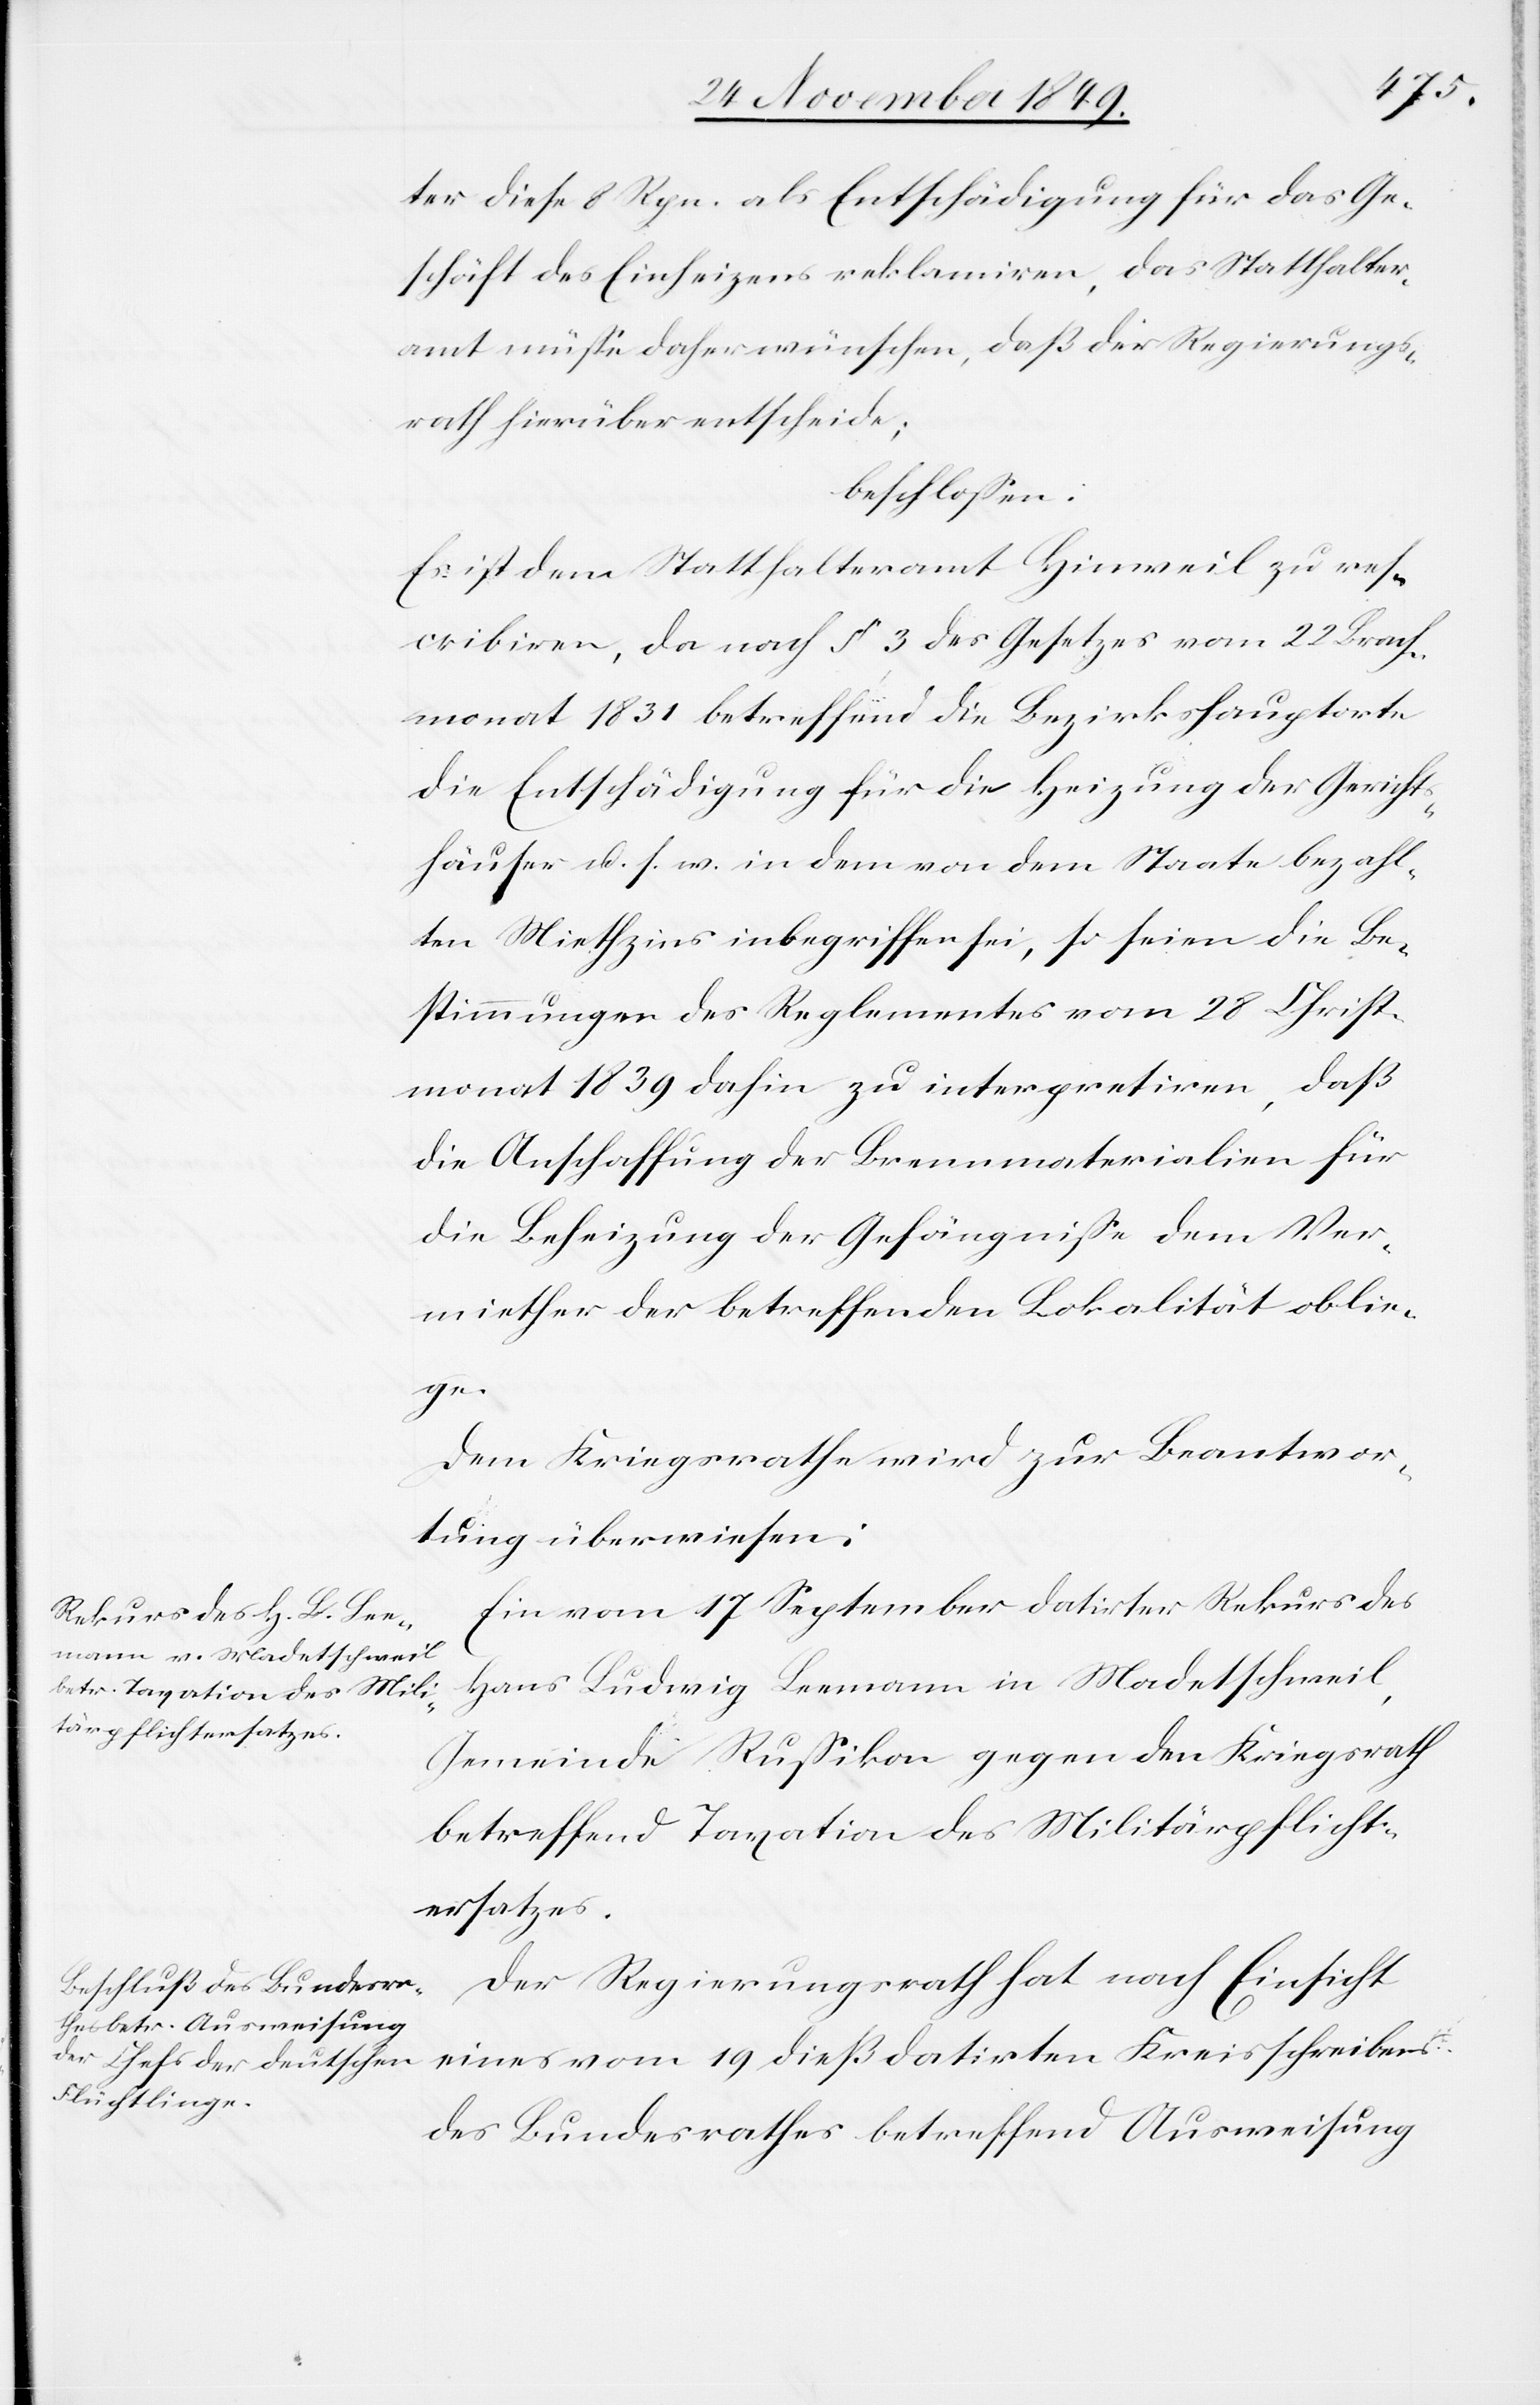
ter diese 8 Rpn. als Entschädigung für das Ge¬
schäft des Einheizens reklamiren, das Statthalter¬
amt müße daher wünschen, daß der Regierungs¬
rath hierüber entscheide;
beschloßen:
Es ist dem Statthalteramt Hinweil zu res¬
cribiren, da nach § 3 des Gesetzes vom 22 Brach¬
monat 1831 betreffend die Bezirkshauptorte
die Entschädigung für die Heizung der Gericht¬
häuser u. s. w. in dem von dem Staate bezahl¬
ten Miethzins inbegriffen sei, so seien die Be¬
stimmungen des Reglementes vom 28 Christ¬
monat 1839 dahin zu interpretiren, daß
die Anschaffung der Brennmaterialien für
die Beheizung der Gefängniße dem Ver¬
miether der betreffenden Lokalität oblie¬
gen.
Dem Kriegsrathe wird zur Beantwor¬
tung überwiesen:
Ein vom 17 September datirter Rekurs des
Haus Ludwig Leemann in Madetschweil,
Gemeinde Rußikon gegen den Kriegsrath
betreffend Taxation des Militärpflicht¬
ersatzes.
Der Regierungsrath hat nach Einsicht
eines vom 19 dieß datirten Kreisschreibens
des Bundesrathes betreffend Ausweisung